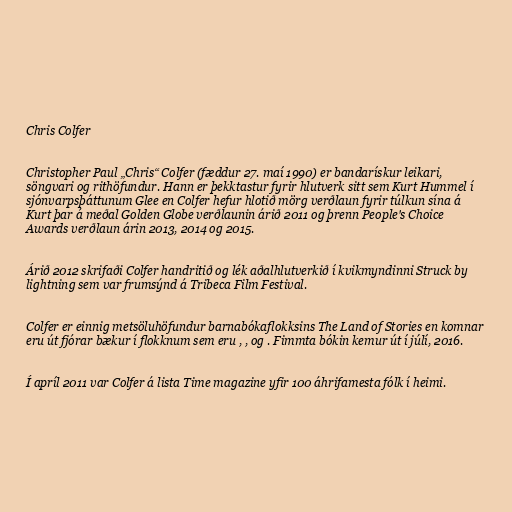
Chris Colfer

Christopher Paul „Chris“ Colfer (fæddur 27. maí 1990) er bandarískur leikari,
söngvari og rithöfundur. Hann er þekktastur fyrir hlutverk sitt sem Kurt Hummel í
sjónvarpsþáttunum Glee en Colfer hefur hlotið mörg verðlaun fyrir túlkun sína á
Kurt þar á meðal Golden Globe verðlaunin árið 2011 og þrenn People's Choice
Awards verðlaun árin 2013, 2014 og 2015.

Árið 2012 skrifaði Colfer handritið og lék aðalhlutverkið í kvikmyndinni Struck by
lightning sem var frumsýnd á Tribeca Film Festival.

Colfer er einnig metsöluhöfundur barnabókaflokksins The Land of Stories en komnar
eru út fjórar bækur í flokknum sem eru , , og . Fimmta bókin kemur út í júlí, 2016.

Í apríl 2011 var Colfer á lista Time magazine yfir 100 áhrifamesta fólk í heimi.